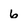
Character: 6